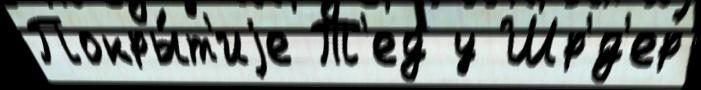
Покры́т'иjе Т'ед у Шр'́д'ер